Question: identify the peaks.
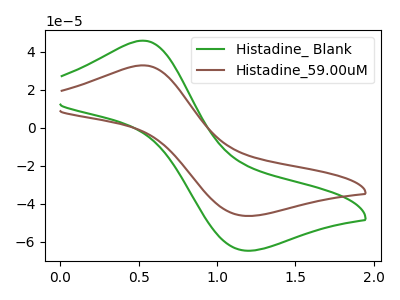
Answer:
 <answer>The green curve "Histadine_ Blank" has an anodic peak at (0.55V, 45.95uA) and a cathodic peak at (1.20V, -64.55uA). The brown curve "Histadine_59.00uM" has an anodic peak at (0.55V, 32.95uA) and a cathodic peak at (1.20V, -46.25uA).</answer>
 <eval></eval>